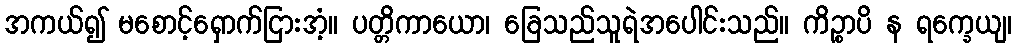
အကယ်၍ မစောင့်ရှောက်ငြားအံ့။ ပတ္တိကာယော၊ ခြေသည်သူရဲအပေါင်းသည်။ ကိဉ္စာပိ န ရက္ခေယျ၊